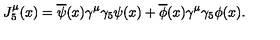
J _ { 5 } ^ { \mu } ( x ) = \overline { { \psi } } ( x ) \gamma ^ { \mu } \gamma _ { 5 } \psi ( x ) + \overline { { \phi } } ( x ) \gamma ^ { \mu } \gamma _ { 5 } \phi ( x ) .